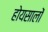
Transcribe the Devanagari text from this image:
होयसालों